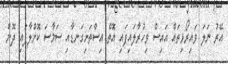
އޭރު ނަލަ ވައިރޯޅިތައް އައިސް ވިހުރާލައިފައި އޮތް އިސްތަށިގަނޑާއި ސަމާސަ ކޮށްލާފައި ދޮން